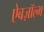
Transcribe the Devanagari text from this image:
ऐबज़ॉल्भ